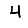
Digit: 4